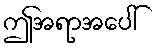
ဤအရာအပေါ်